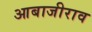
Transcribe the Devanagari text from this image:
आबाजीराव